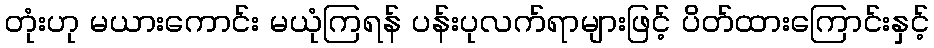
တုံးဟု မယားကောင်း မယုံကြရန် ပန်းပုလက်ရာများဖြင့် ပိတ်ထားကြောင်းနှင့်